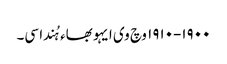
١٩٠٠-١٩١٠ وچ وی ایہو بھاء ہُندا سی۔